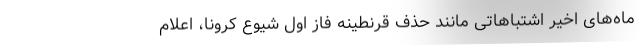
ماه‌های اخیر اشتباهاتی مانند حذف قرنطینه فاز اول شیوع کرونا، اعلام